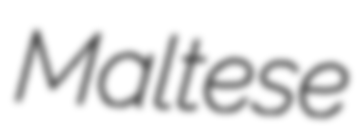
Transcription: Maltese